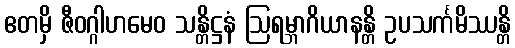
ဧတမှိ ဇီဝဂ္ဂါဟမေဝ သန္တိဋ္ဌနံ ဩရမ္ဘာဂိယာနန္တိ ဥပသင်္ကမိဿန္တိ